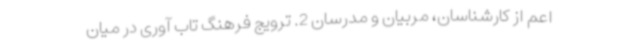
اعم از کارشناسان، مربیان و مدرسان 2. ترویج فرهنگ تاب آوری در میان